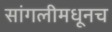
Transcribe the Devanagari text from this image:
सांगलीमधूनच